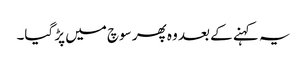
یہ کہنے کے بعد وہ پھر سوچ میں پڑ گیا۔